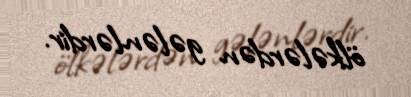
ölkələrdən gələnlərdir.